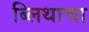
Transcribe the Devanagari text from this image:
ब्लिथाचा